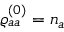
{ \varrho _ { a a } ^ { ( 0 ) } = n _ { a } ^ { \ } }